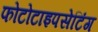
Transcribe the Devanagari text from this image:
फोटोटाइपसेटिंग